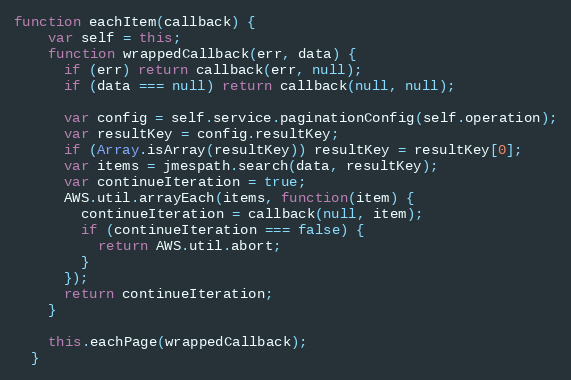
Language: JavaScript
function eachItem(callback) {
    var self = this;
    function wrappedCallback(err, data) {
      if (err) return callback(err, null);
      if (data === null) return callback(null, null);

      var config = self.service.paginationConfig(self.operation);
      var resultKey = config.resultKey;
      if (Array.isArray(resultKey)) resultKey = resultKey[0];
      var items = jmespath.search(data, resultKey);
      var continueIteration = true;
      AWS.util.arrayEach(items, function(item) {
        continueIteration = callback(null, item);
        if (continueIteration === false) {
          return AWS.util.abort;
        }
      });
      return continueIteration;
    }

    this.eachPage(wrappedCallback);
  }